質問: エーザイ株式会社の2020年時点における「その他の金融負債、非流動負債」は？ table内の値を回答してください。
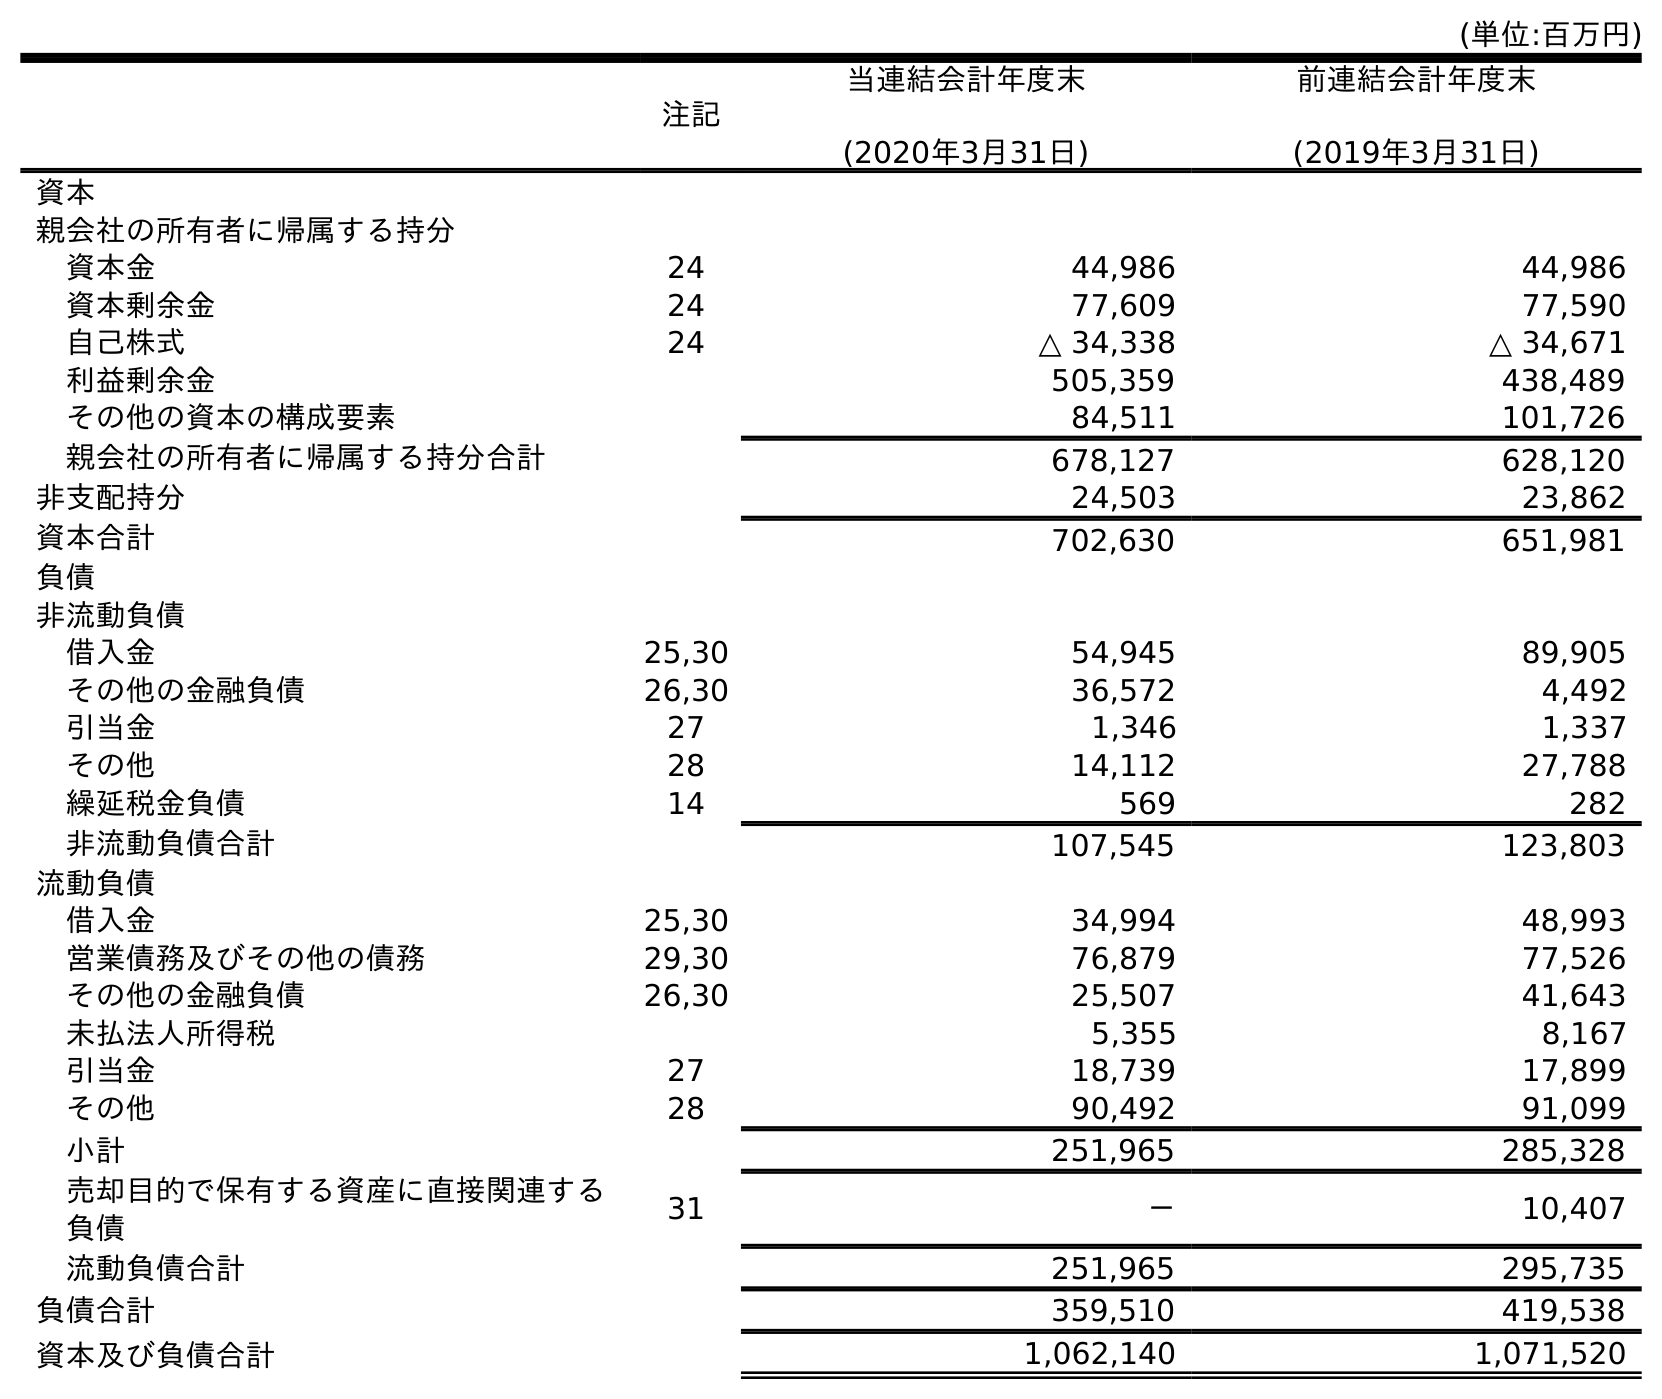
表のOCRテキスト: (単位:百万円) 注記 当連結会計年度末 (2020年3月31日) 前連結会計年度末 (2019年3月31日) 資本 親会社の所有者に帰属する持分 資本金 24 44,986 44,986 資本剰余金 24 77,609 77,590 自己株式 24 △ 34,338 △ 34,671 利益剰余金 505,359 438,489 その他の資本の構成要素 84,511 101,726 親会社の所有者に帰属する持分合計 678,127 628,120 非支配持分 24,503 23,862 資本合計 702,630 651,981 負債 非流動負債 借入金 25,30 54,945 89,905 その他の金融負債 26,30 36,572 4,492 引当金 27 1,346 1,337 その他 28 14,112 27,788 繰延税金負債 14 569 282 非流動負債合計 107,545 123,803 流動負債 借入金 25,30 34,994 48,993 営業債務及びその他の債務 29,30 76,879 77,526 その他の金融負債 26,30 25,507 41,643 未払法人所得税 5,355 8,167 引当金 27 18,739 17,899 その他 28 90,492 91,099 小計 251,965 285,328 売却目的で保有する資産に直接関連する 負債 31 － 10,407 流動負債合計 251,965 295,735 負債合計 359,510 419,538 資本及び負債合計 1,062,140 1,071,520
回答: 36,572